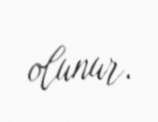
olunur.